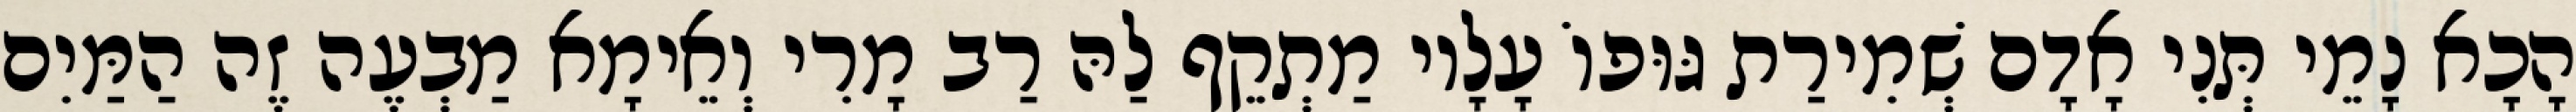
הָכָא נָמֵי תְּנִי אָדָם שְׁמִירַת גּוּפוֹ עָלָיו מַתְקֵף לַהּ רַב מָרִי וְאֵימָא מַבְעֶה זֶה הַמַּיִם